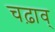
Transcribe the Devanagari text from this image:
चढ़ाव्